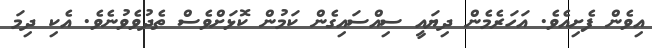
އިވެން ފެށިއެވެ. އަހަރެމެން ދިޔައީ ސިއްސައިގެން ކަމުން ކޮޅަށްވެސް ތެދުވެވުނެވެ. އެކި ދިމަ